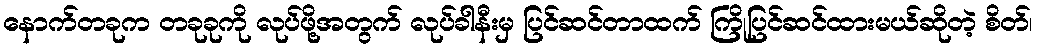
နောက်တခုက တခုခုကို လုပ်ဖို့အတွက် လုပ်ခါနီးမှ ပြင်ဆင်တာထက် ကြိုပြင်ဆင်ထားမယ်ဆိုတဲ့ စိတ်၊